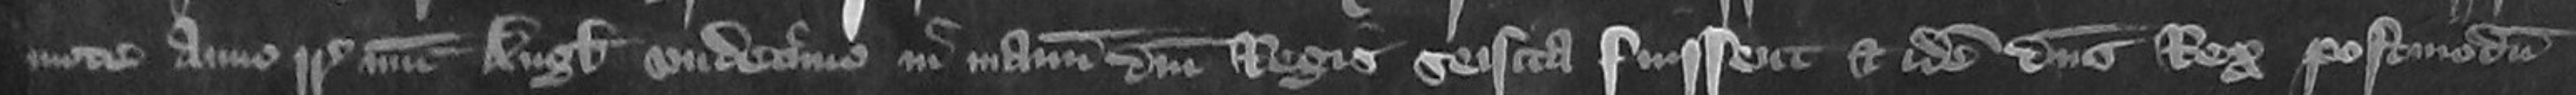
mote anno regni Regis nunc Anglie undecimo in manum domini Regis seisita fuissent et idem dominus Rex postmodum